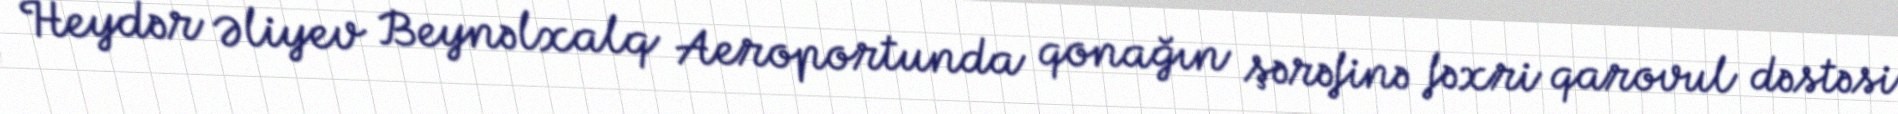
Heydər Əliyev Beynəlxalq Aeroportunda qonağın şərəfinə fəxri qarovul dəstəsi